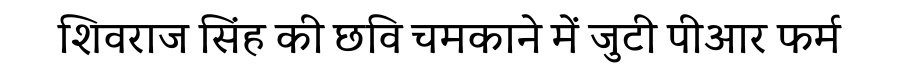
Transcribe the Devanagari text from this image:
शिवराज सिंह की छवि चमकाने में जुटी पीआर फर्म